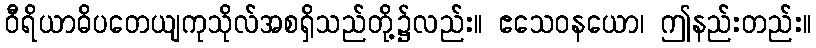
ဝီရိယာဓိပတေယျကုသိုလ်အစရှိသည်တို့၌လည်း။ ဧသေဝနယော၊ ဤနည်းတည်း။